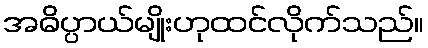
အဓိပ္ပာယ်မျိုးဟုထင်လိုက်သည်။